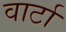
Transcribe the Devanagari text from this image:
वार्टा